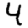
Digit: 4